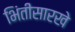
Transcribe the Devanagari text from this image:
भिंतीसारखे